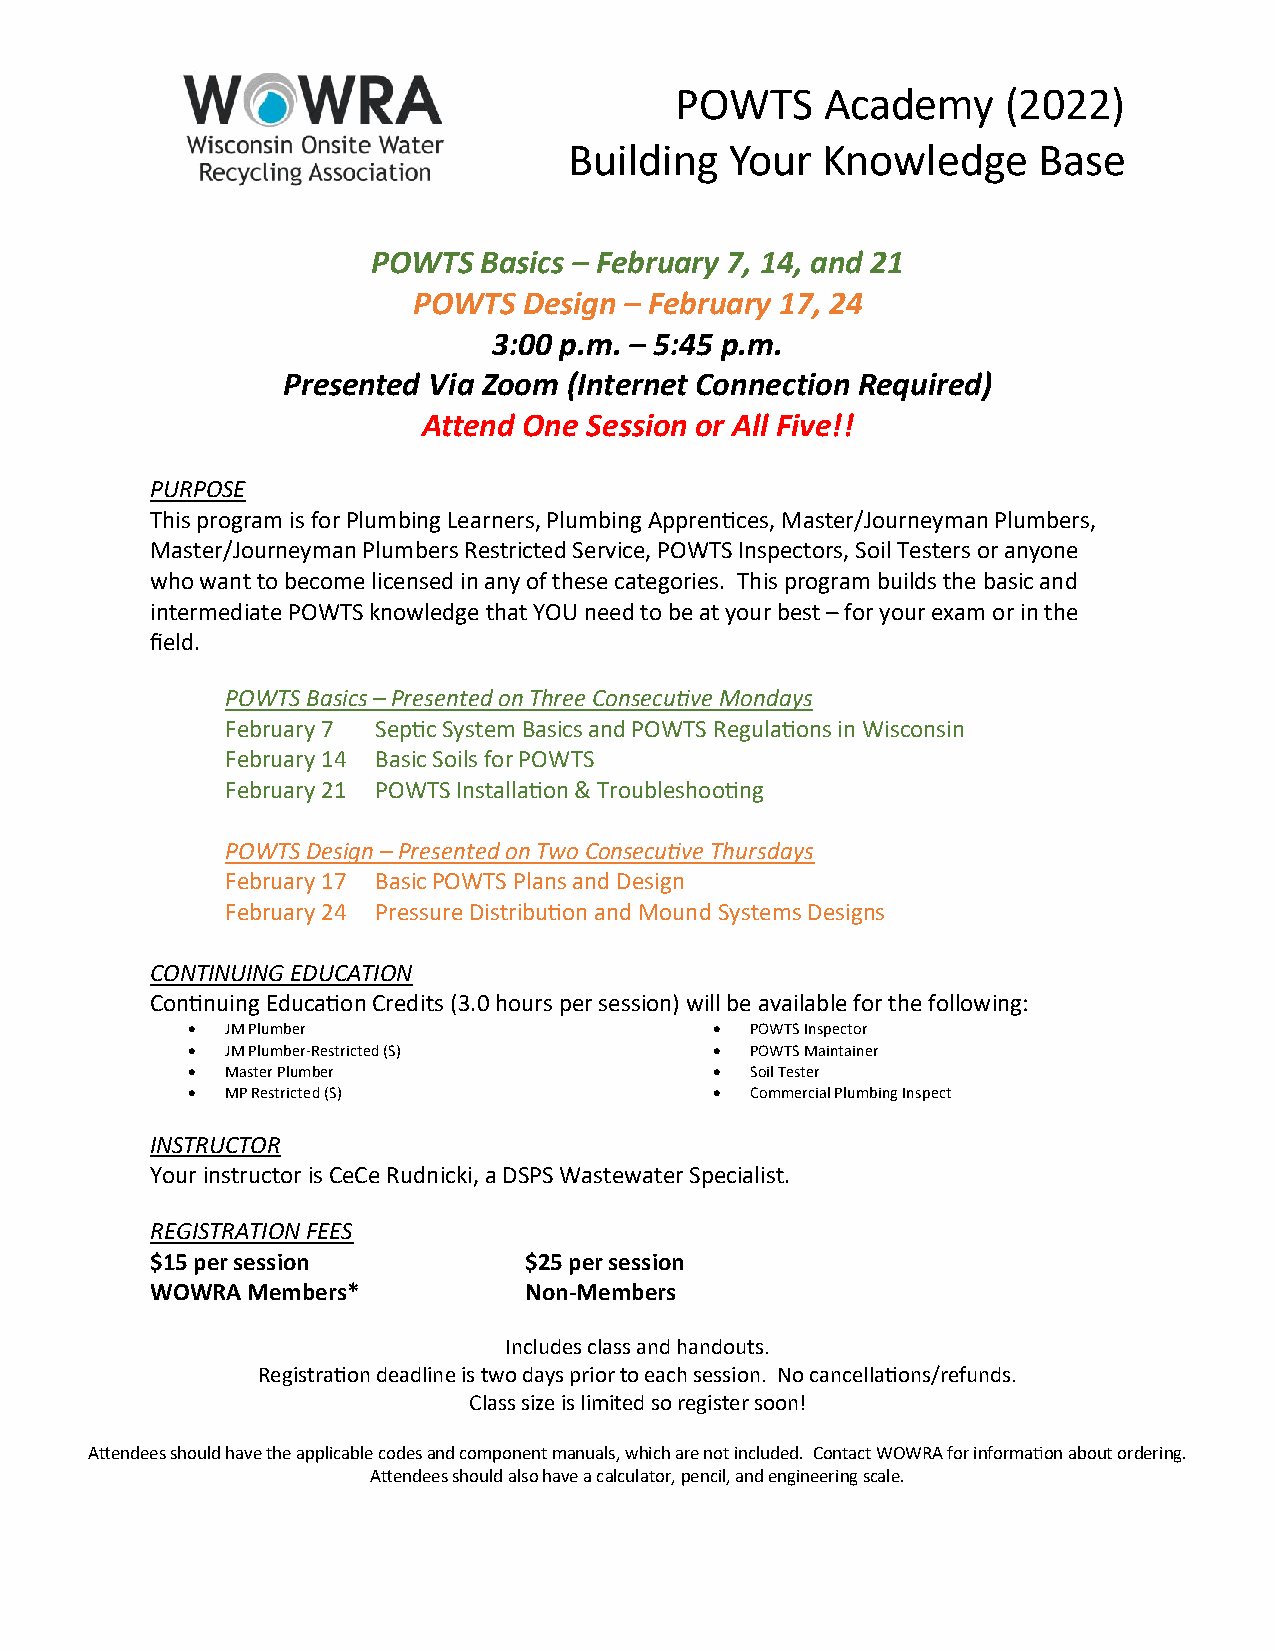
POWTS     Academy     (2022)
 Building  Your  Knowledge      Base
 POWTS  Basics – February 7, 14, and 21
 POWTS   Design – February 17, 24
 3:00 p.m. – 5:45 p.m.
 Presented Via Zoom (Internet Connection Required)
 Attend One Session or All Five!!
 PURPOSE
 This program is for Plumbing Learners, Plumbing Apprentices, Master/Journeyman Plumbers,
 Master/Journeyman Plumbers Restricted Service, POWTS Inspectors, Soil Testers or anyone
 who want to become licensed in any of these categories. This program builds the basic and
 intermediate POWTS knowledge that YOU need to be at your best – for your exam or in the
 field.
 POWTS Basics – Presented on Three Consecutive Mondays
 February 7 Septic System Basics and POWTS Regulations in Wisconsin
 February 14 Basic Soils for POWTS
 February 21 POWTS Installation & Troubleshooting
 POWTS Design – Presented on Two Consecutive Thursdays
 February 17 Basic POWTS Plans and Design
 February 24 Pressure Distribution and Mound Systems Designs
 CONTINUING EDUCATION
 Continuing Education Credits (3.0 hours per session) will be available for the following:
 •  JM Plumber                      •  POWTS Inspector
 •  JM Plumber-Restricted (S)       •  POWTS Maintainer
 •  Master Plumber                  •  Soil Tester
 •  MP Restricted (S)               •  Commercial Plumbing Inspect
 INSTRUCTOR
 Your instructor is CeCe Rudnicki, a DSPS Wastewater Specialist.
 REGISTRATION FEES
 $15 per session          $25 per session
 WOWRA Members*           Non-Members
 Includes class and handouts.
 Registration deadline is two days prior to each session. No cancellations/refunds.
 Class size is limited so register soon!
 Attendees should have the applicable codes and component manuals, which are not included. Contact WOWRA for information about ordering.
 Attendees should also have a calculator, pencil, and engineering scale.